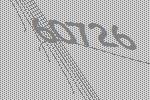
60726